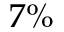
7 \%